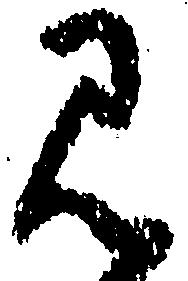
見